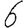
Digit: 6